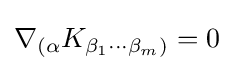
\nabla _{(\alpha }K_{\beta _{1}\cdots \beta _{m})}=0